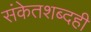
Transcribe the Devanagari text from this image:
संकेतशब्दही